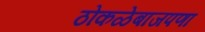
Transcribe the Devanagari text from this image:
ठोकळेबाजपणा